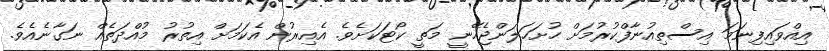
އިއްވައިފިނަމަ އިސްތިއުނާފްކުރުމަށް ހުށަހަލަންޖެހޭނީ މަތީ ކޯޓަކަށެވެ. އެއިރުން އެކަމަށް އިތުރު މުއްދަތެއް ނަގާނެއެވެ.